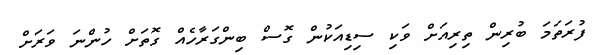
ފުރަތަމަ ބުރިން ތިރިއަށް ވަކި ސިޑިއަކުން ގޮސް ބިންގަރާހެއް ގޮތަށް ހުންނަ ވަރަށް